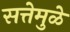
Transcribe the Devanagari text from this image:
सत्तेमुळे